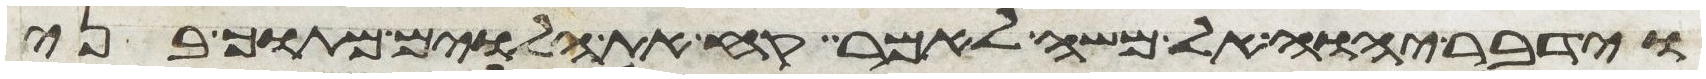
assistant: וידבר יהוה אל משה לאמר קח את הלוים מתוך בני